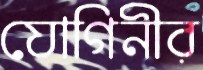
যোগিনীর